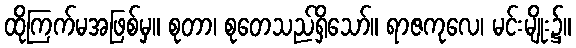
ထိုကြက်မအဖြစ်မှ။ စုတာ၊ စုတေသည်ရှိသော်။ ရာဇကုလေ၊ မင်းမျိုး၌။